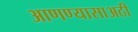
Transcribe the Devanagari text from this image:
आणण्यासाअठी